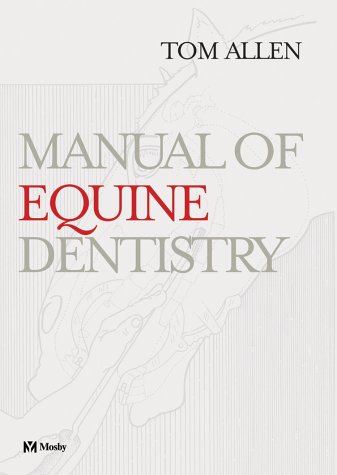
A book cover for Manual of Equine Dentistry, 1e; Tom Allen; Medical Books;